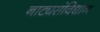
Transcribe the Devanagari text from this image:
नाट्यसंविधान